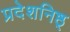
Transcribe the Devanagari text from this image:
प्रदेशनिष्ठ्